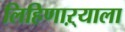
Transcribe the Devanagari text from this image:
लिहिणाऱ्याला